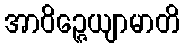
အာဝိဉ္ဇေယျာမာတိ